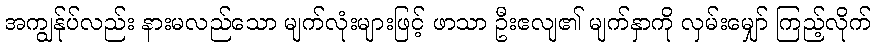
အကျွန်ုပ်လည်း နားမလည်သော မျက်လုံးများဖြင့် ဖာသာ ဦးဧလျ၏ မျက်နှာကို လှမ်းမျှော် ကြည့်လိုက်